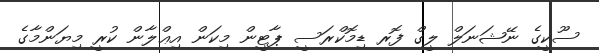
ސޫކީގެ ނޭޝަނަލް ލީގް ފޮރ ޑިމޮކްރަސީ ޕާޓީން މިކަން އިޢްލާން ކުރީ މިޔަންމާގެ